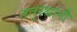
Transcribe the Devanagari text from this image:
तत्‌स्थानी